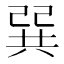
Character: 𢁉